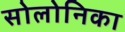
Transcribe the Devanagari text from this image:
सोलोनिका